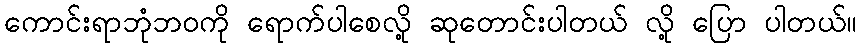
ကောင်းရာဘုံဘဝကို ရောက်ပါစေလို့ ဆုတောင်းပါတယ် လို့ ပြော ပါတယ်။